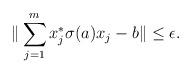
LaTeX: \begin{align*} \| \sum_{j=1}^m x_j^* \sigma(a) x_j - b \| \leq\epsilon. \end{align*}